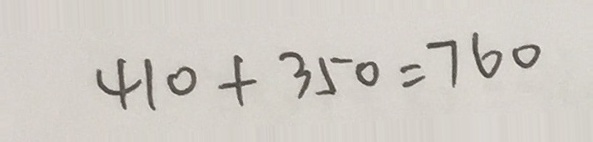
4 1 0 + 3 5 0 = 7 6 0